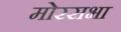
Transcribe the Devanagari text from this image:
मोरसभा